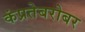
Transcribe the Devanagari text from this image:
कंप्रतेबरोबर